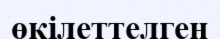
өкілеттелген